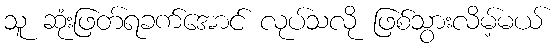
သူ ဆုံးဖြတ်ရခက်အောင် လုပ်သလို ဖြစ်သွားလိမ့်မယ်